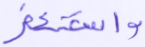
واستغفر